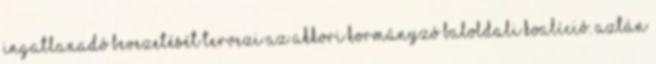
ingatlanadó bevezetését tervezi az akkori kormányzó baloldali koalíció. Aztán